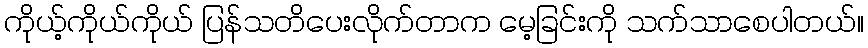
ကိုယ့်ကိုယ်ကိုယ် ပြန်သတိပေးလိုက်တာက မေ့ခြင်းကို သက်သာစေပါတယ်။